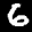
Label: 6